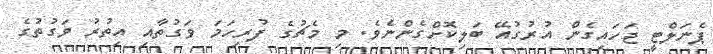
ޕެނަލްޓީ ޖަހައިގެން އުރުގުއޭ ބަލިކޮށްގެންނެވެ. މި މެޗުގެ ފުރިހަމަ ވަގުތާއި އިތުރު ވަގުތުގެ